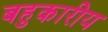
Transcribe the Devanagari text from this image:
बहुकारीय